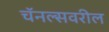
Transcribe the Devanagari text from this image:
चॅनल्सवरील